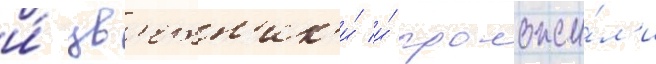
и́ цв'етн'ик'и́ и́ проложи́л'и